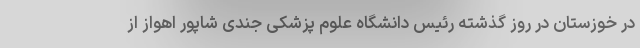
در خوزستان در روز گذشته رئیس دانشگاه علوم پزشکی جندی شاپور اهواز از